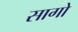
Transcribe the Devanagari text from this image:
सागो